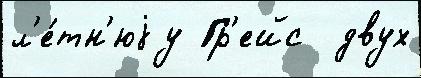
л'е́тн'юjу Гр'ейс  двух